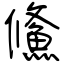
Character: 鯈